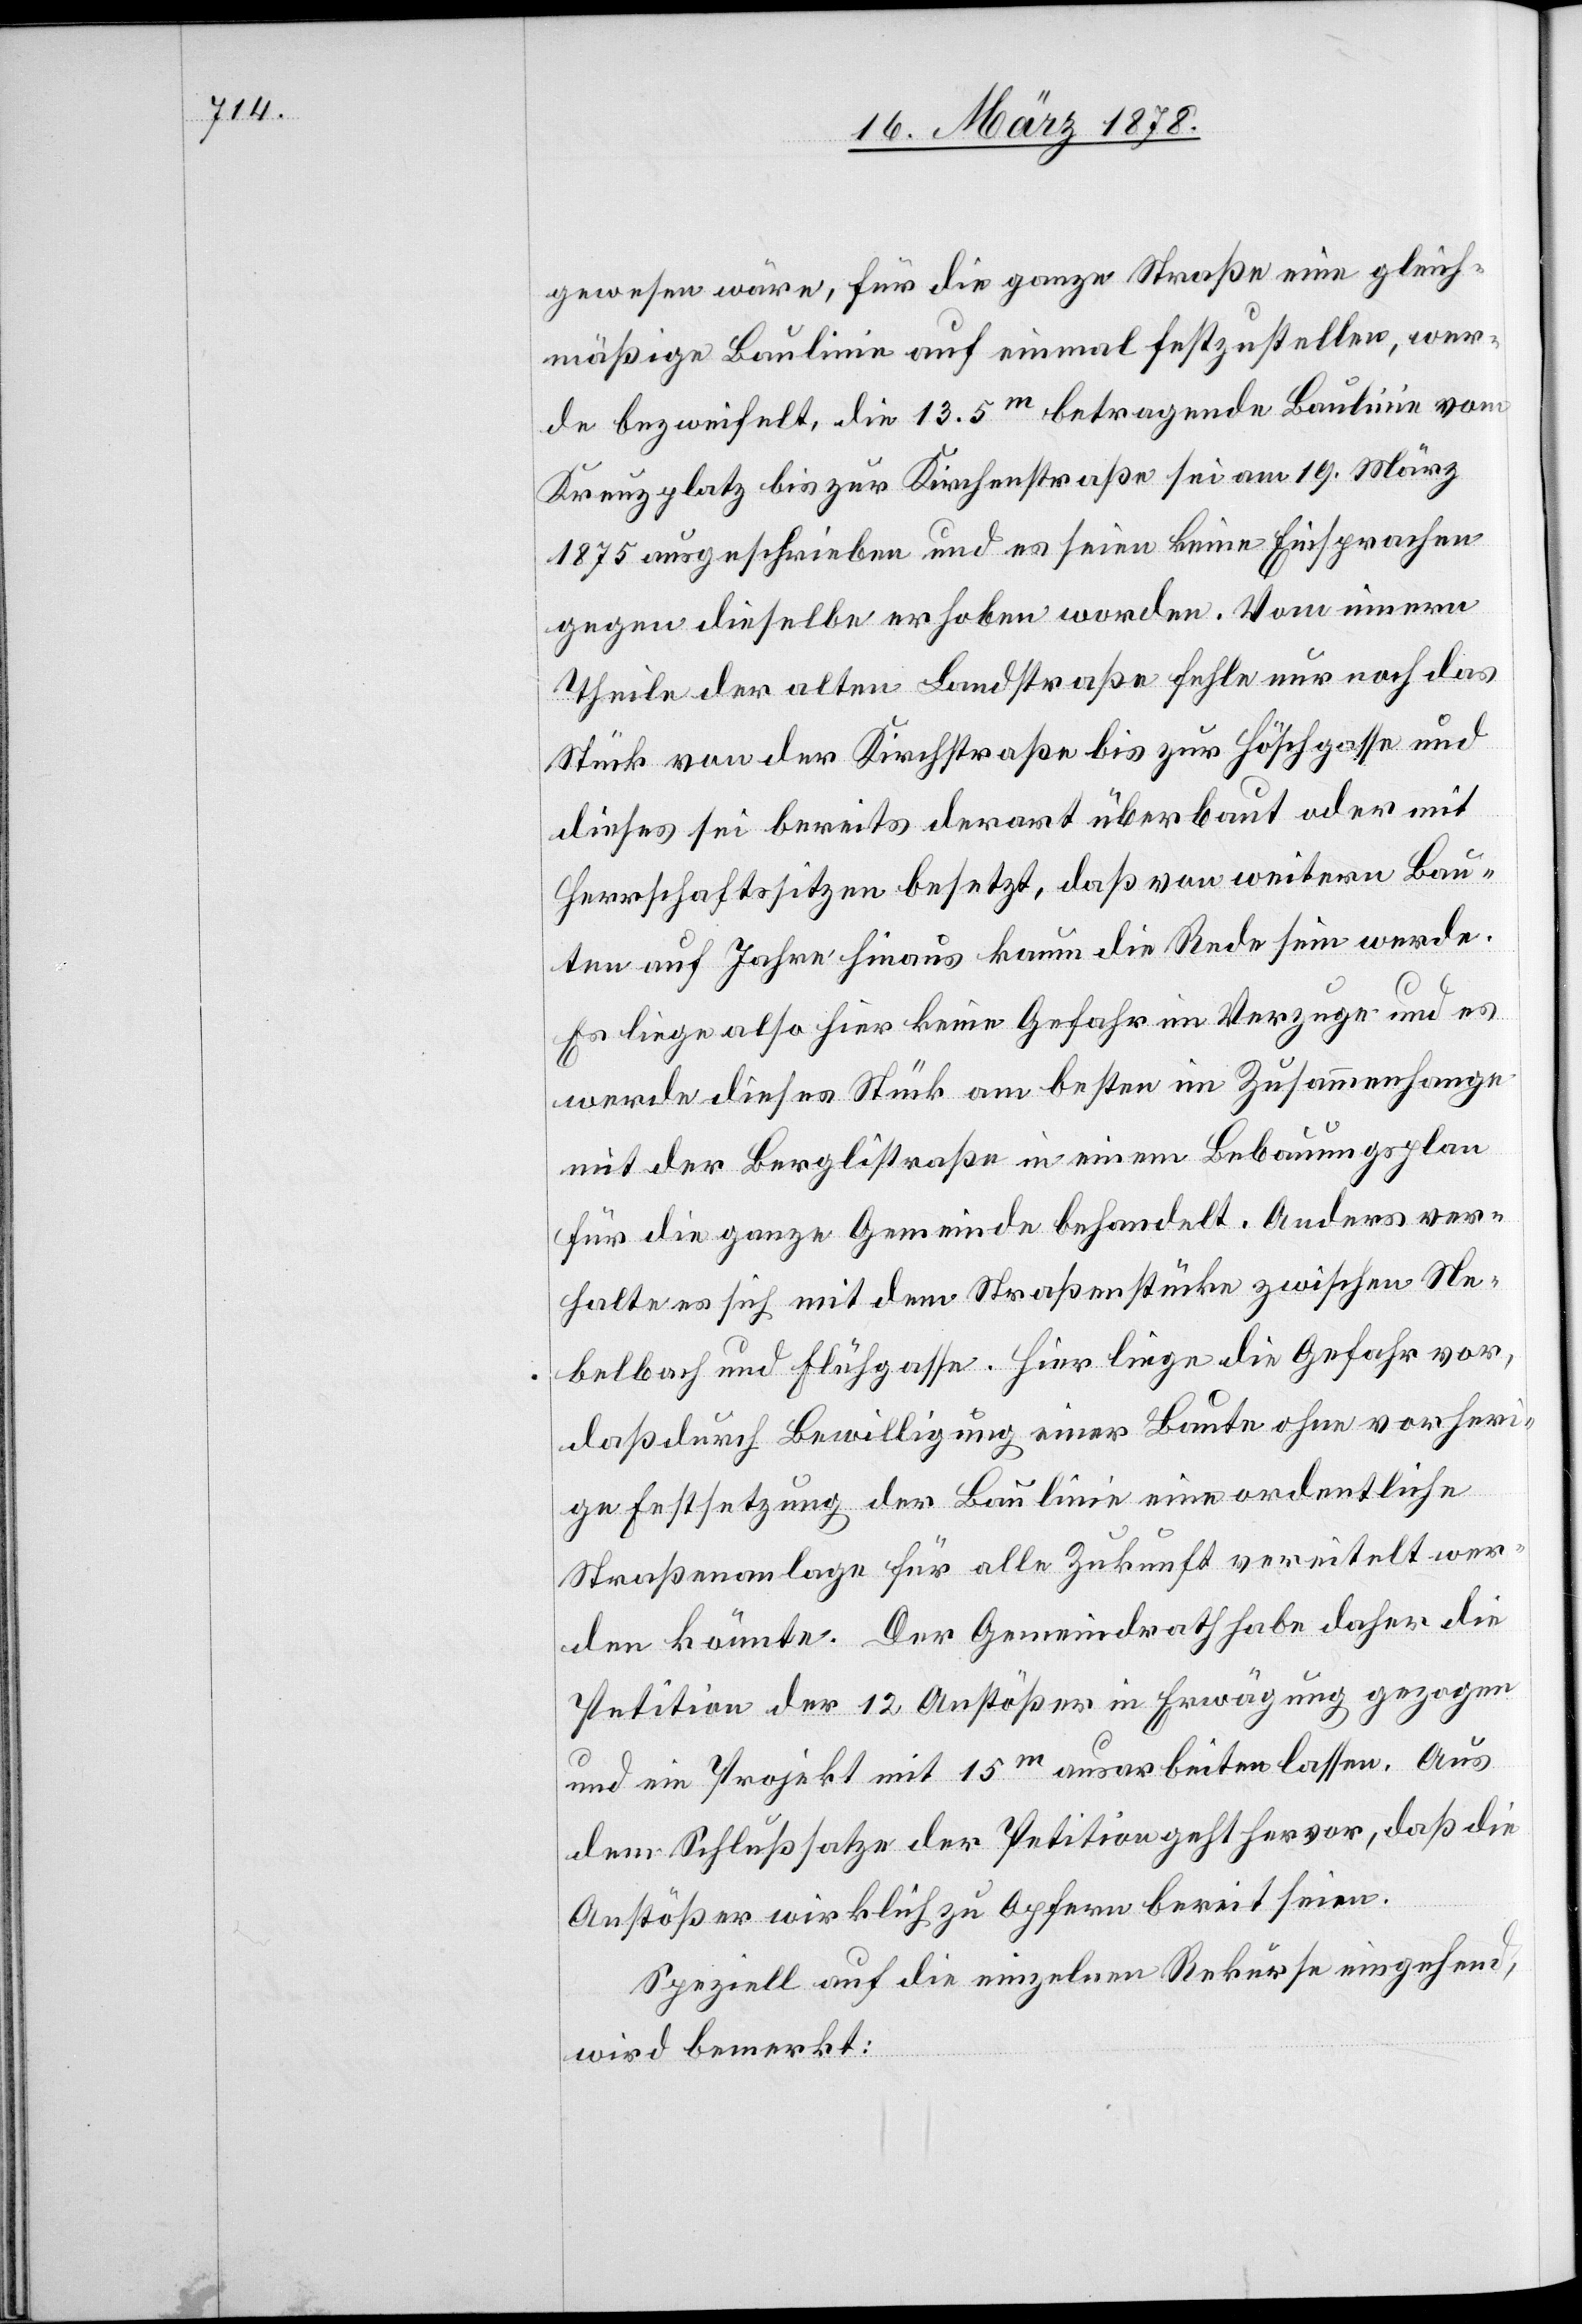
gewesen wäre, für die ganze Straße eine gleich¬
mäßige Baulinie auf einmal festzustellen, wer¬
de bezweifelt, die 13.5m betragende Baulinie vom
Kreuzplatz bis zur Kirchenstraße sei am 19. März
1875 ausgeschrieben und es seien keine Einsprachen
gegen dieselbe erhoben worden. Vom innern
Theile der alten Landstraße fehle nur noch das
Stück von der Kirchstraße bis zur Höschgasse und
dieses sei bereits derart überbaut oder mit
Herrschaftssitzen besetzt, daß von weitern Bau¬
ten auf Jahre hinaus kaum die Rede sein werde.
Es liege also hier keine Gefahr im Verzug und es
werde dieses Stück am besten im Zusammenhange
mit der Berglistraße in einem Bebauungsplan
für die ganze Gemeinde behandelt. Anders ver¬
halte es sich mit dem Straßen Stücke zwischen Ne¬
belbach und Flühgasse. Hier liege die Gefahr vor,
daß durch Bewilligung einer Baute ohne vorheri¬
ge Festsetzung der Baulinie eine ordentliche
Straßenanlage für alle Zukunft vereitelt wer¬
den könnte. Der Gemeindrath habe daher die
Petition der 12 Anstößer in Erwägung gezogen
und ein Projekt mit 15m ausarbeiten lassen. Aus
dem Schlußsatze der Petition geht hervor, daß die
Anstößer wirklich zu Opfern bereit seien.
Speziell auf die einzelnen Rekurse eingehend,
wird bemerkt: